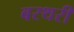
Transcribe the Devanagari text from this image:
बरथरी